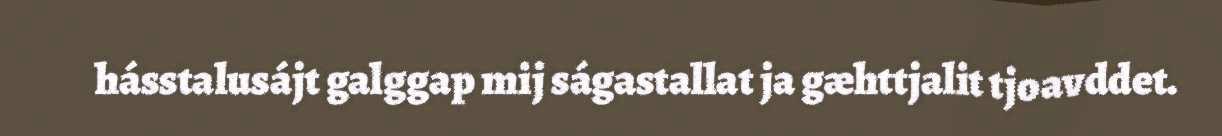
hásstalusájt galggap mij ságastallat ja gæhttjalit tjoavddet.